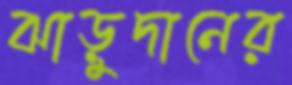
ঝাড়ুদানের